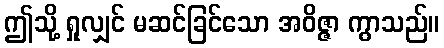
ဤသို့ ရှုလျှင် မဆင်ခြင်သော အဝိဇ္ဇာ ကွာသည်။